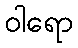
ဝါရော